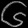
Digit: ၆